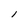
Character: 1